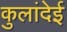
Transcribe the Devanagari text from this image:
कुलांदेई